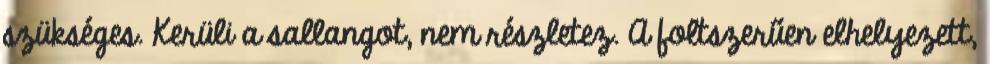
szükséges. Kerüli a sallangot, nem részletez. A foltszerűen elhelyezett,